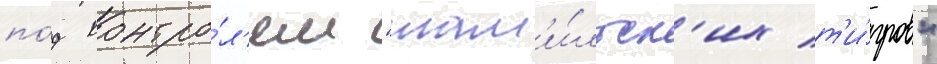
по́д контро́л'ем "там'и́льск'их т'и́гров"